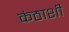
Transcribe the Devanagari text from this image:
कंठाशी